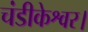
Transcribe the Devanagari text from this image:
चंडीकेश्वर।